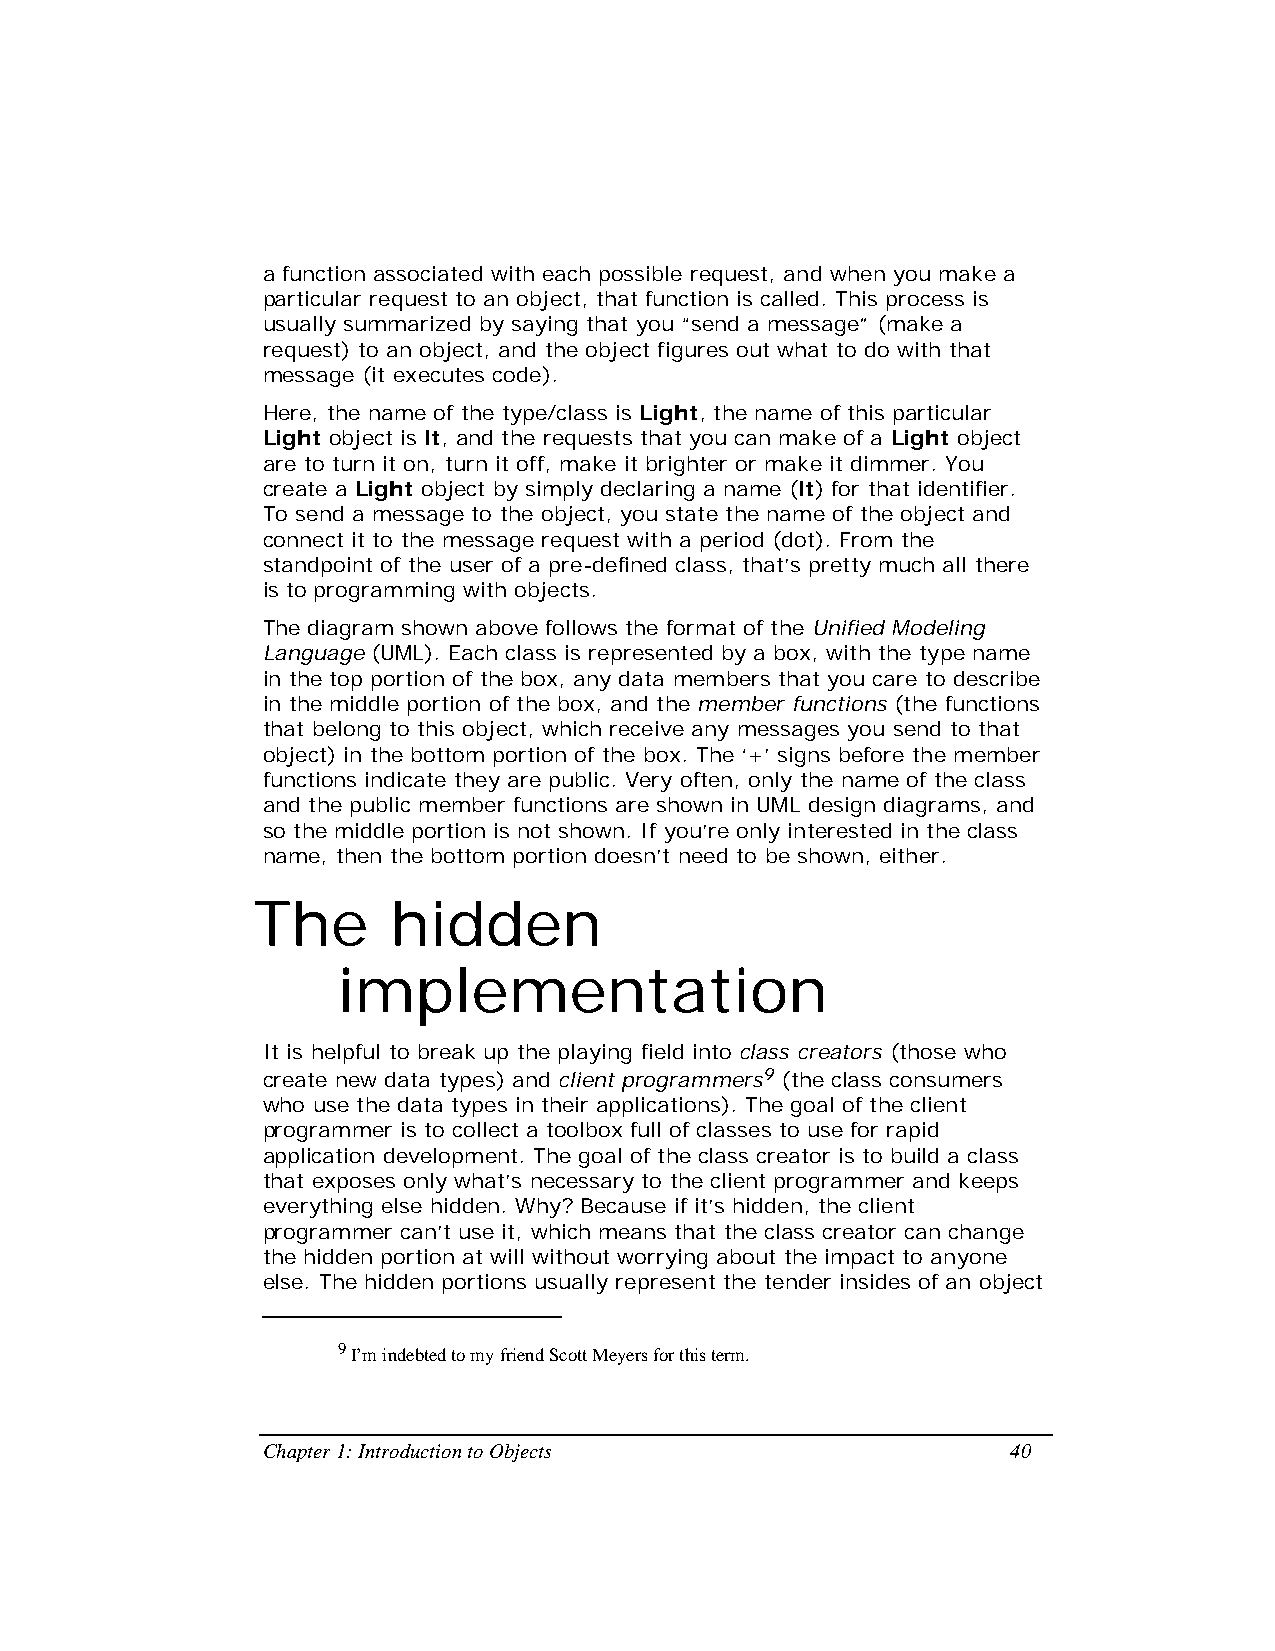
a function associated with each possible request, and when you make a
 particular request to an object, that function is called. This process is
 usually summarized by saying that you “send a message” (make a
 request) to an object, and the object figures out what to do with that
 message (it executes code).
 Here, the name of the type/class is Light, the name of this particular
 Light object is lt, and the requests that you can make of a Light object
 are to turn it on, turn it off, make it brighter or make it dimmer. You
 create a Light object by simply declaring a name (lt) for that identifier.
 To send a message to the object, you state the name of the object and
 connect it to the message request with a period (dot). From the
 standpoint of the user of a pre-defined class, that’s pretty much all there
 is to programming with objects.
 The diagram shown above follows the format of the Unified Modeling
 Language (UML). Each class is represented by a box, with the type name
 in the top portion of the box, any data members that you care to describe
 in the middle portion of the box, and the member functions (the functions
 that belong to this object, which receive any messages you send to that
 object) in the bottom portion of the box. The ‘+’ signs before the member
 functions indicate they are public. Very often, only the name of the class
 and the public member functions are shown in UML design diagrams, and
 so the middle portion is not shown. If you’re only interested in the class
 name, then the bottom portion doesn’t need to be shown, either.
 The      hidden
 implementation
 It is helpful to break up the playing field into class creators (those who
 create new data types) and client programmers9 (the class consumers
 who use the data types in their applications). The goal of the client
 programmer is to collect a toolbox full of classes to use for rapid
 application development. The goal of the class creator is to build a class
 that exposes only what’s necessary to the client programmer and keeps
 everything else hidden. Why? Because if it’s hidden, the client
 programmer can’t use it, which means that the class creator can change
 the hidden portion at will without worrying about the impact to anyone
 else. The hidden portions usually represent the tender insides of an object
 9 I’m indebted to my friend Scott Meyers for this term.
 Chapter 1: Introduction to Objects                40